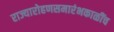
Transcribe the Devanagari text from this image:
राज्यारोहणसमारंभकाळींच